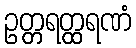
ဥတ္တရတ္ထရဏံ